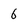
Character: 6